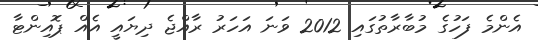
އެންމެ ފަހުގެ މުބާރާތުގައި 2012 ވަނަ އަހަރު ރާއްޖެ ދިޔައީ އެއް ޕޮއިންޓާ